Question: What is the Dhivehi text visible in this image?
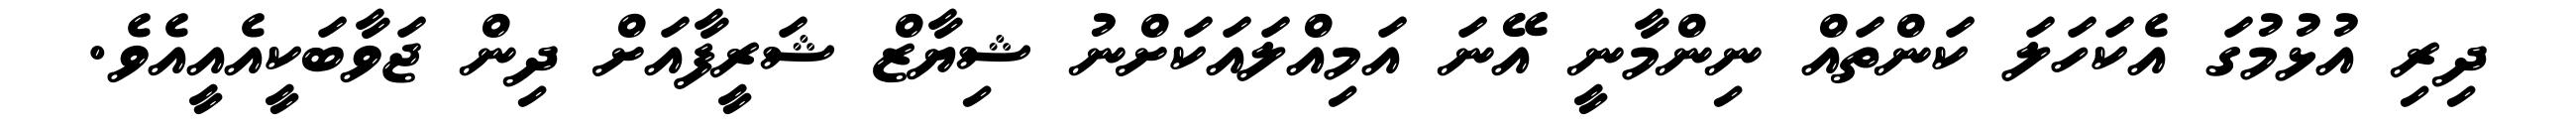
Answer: ދިރި އުޅުމުގަ އެކަހަލަ ކަންތައް ނިންމާނީ އޭނަ އަމިއްލައަކަށްނު ޝިޔާޒް ޝަރީފާއަށް ދިން ޖަވާބަކީއެއީއެވެ.